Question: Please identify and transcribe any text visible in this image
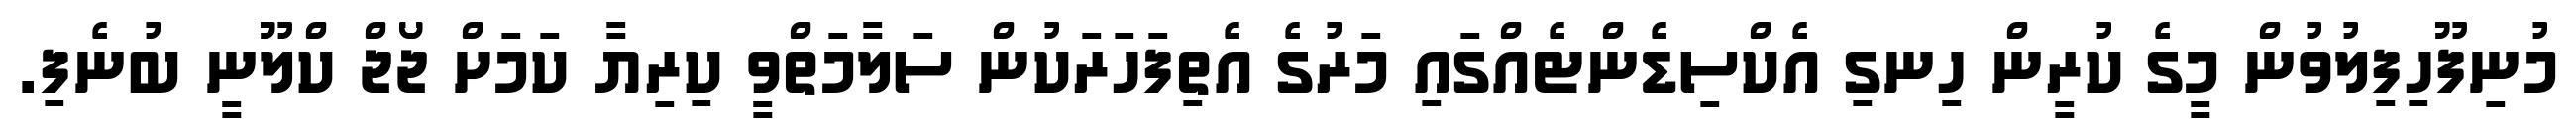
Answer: މުނިފޫހިފިލުވުން މީގެ ކުރީން ހިނގި އެކްސިޑެންޓެއްގައި މަރުގެ އެތިފަހަރަކުން ސަލާމަތްވީ ކިރިޔާ ކަމަށް ޖޯޖް ކްލޫނީ ބުނެފި.